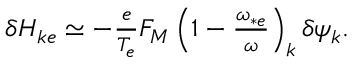
\begin{array} { r } { \delta H _ { k e } \simeq - \frac { e } { T _ { e } } F _ { M } \left( 1 - \frac { \omega _ { * e } } { \omega } \right) _ { k } \delta \psi _ { k } . } \end{array}